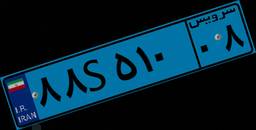
۸۸S۵۱۰۰۸